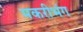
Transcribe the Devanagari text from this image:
मकरीभंग